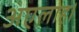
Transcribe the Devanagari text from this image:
अएलाह।